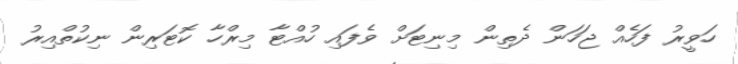
ހަވީރު ފަހެއް ޖަހަން ދެތިން މިނިޓަށް ވެފައި ހުއްޓާ މިރްހާ ކޮޓަރިން ނިކުތްއިރު